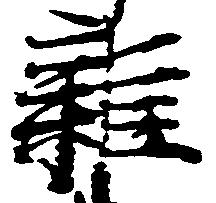
雑